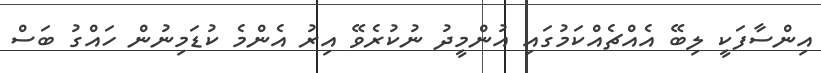
އިންސާފަކީ ލިބޭ އެއްޗެއްކަމުގައި އުންމީދު ނުކުރެވޭ އިރު އެންމެ ކުޑަމިނުން ހައްގު ބަސް